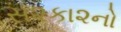
સ૨કા૨નો